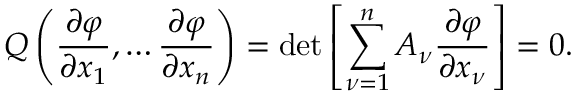
Q \left( { \frac { \partial \varphi } { \partial x _ { 1 } } } , \ldots { \frac { \partial \varphi } { \partial x _ { n } } } \right) = \operatorname* { d e t } \left[ \sum _ { \nu = 1 } ^ { n } A _ { \nu } { \frac { \partial \varphi } { \partial x _ { \nu } } } \right] = 0 .